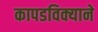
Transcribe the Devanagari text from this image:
कापडविक्याने